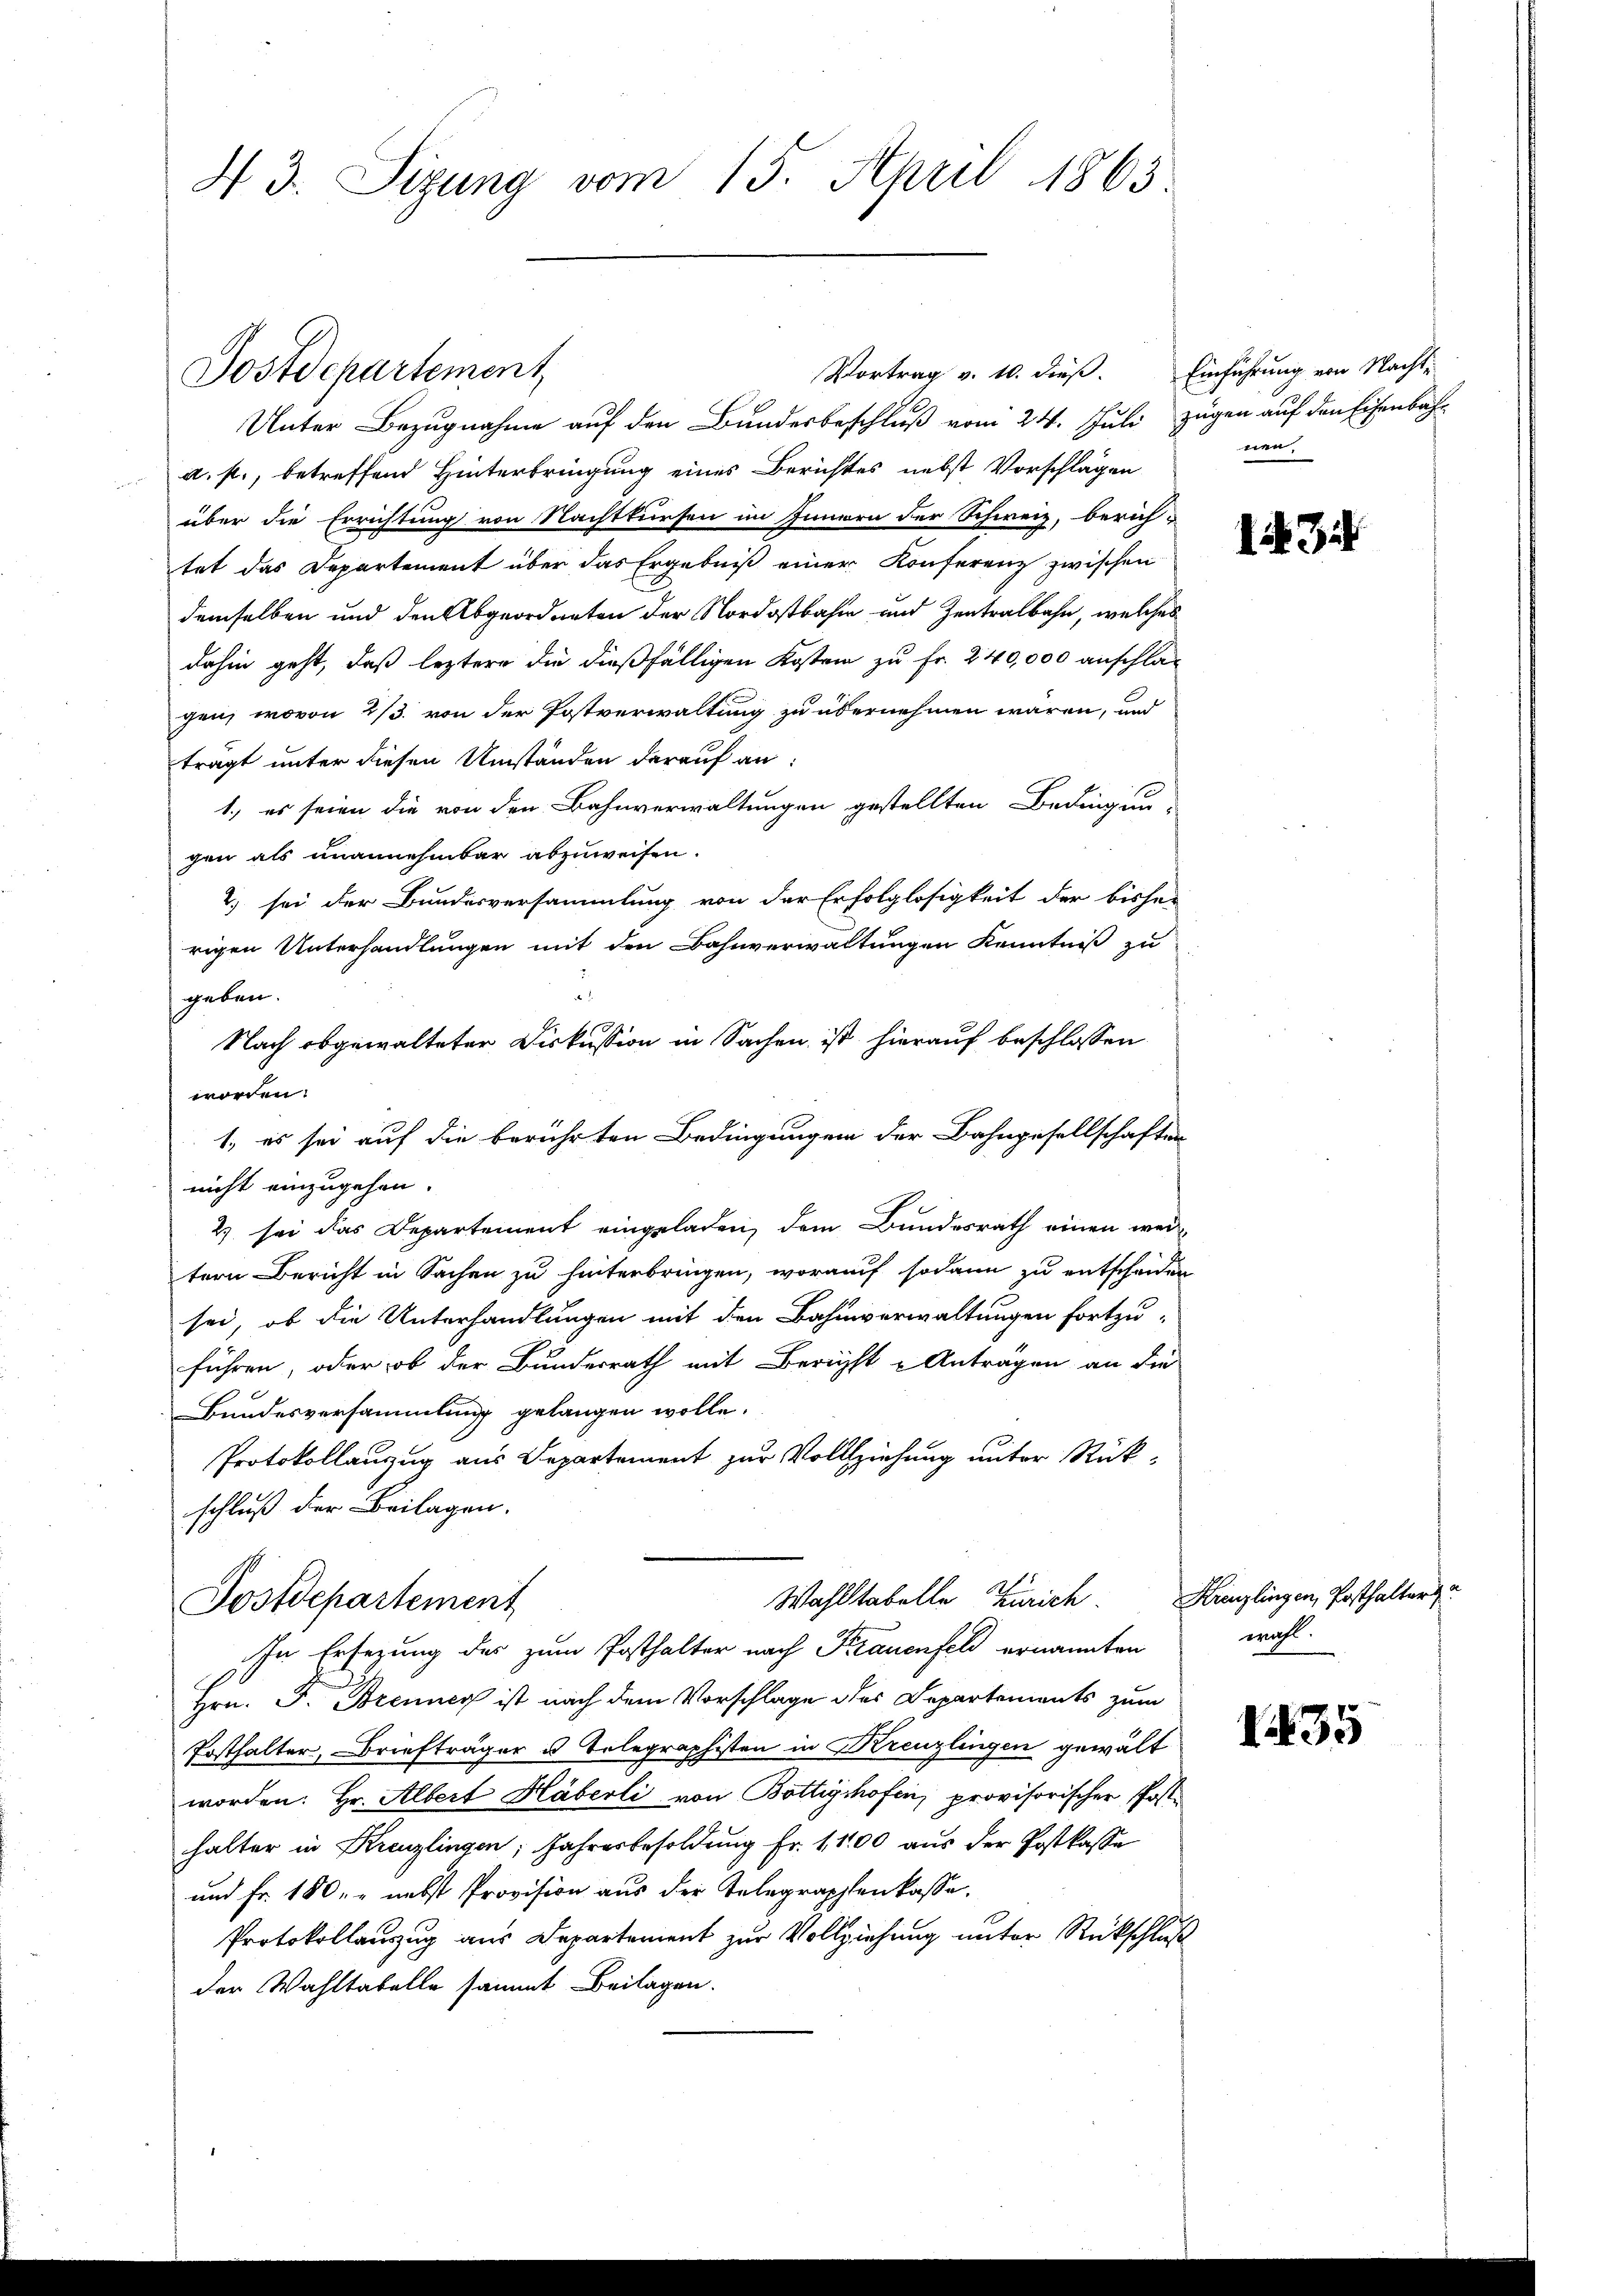
N. 3. Sizung vom 15. April 1865.

Unter Bezugnahme auf den Bundesbeschluß vom 24. Juli zugen auf den Eisenbaha. f., betreffend Hinterbringung eines Berichtes nebst Vorschlägen
über die Errichtung von Nachtkursen im Innern der Schweiz, berich-
tet das Departement über das Ergebniß einer Konferenz zwischen
demselben und den Abgeordneten der Nordostbahn und Zentralbahn, welches
dahin geht, daß leztere die dießfälligen Kosten zu fr. 240,000 anschla-
gen, wovon 2/3. von der Postverwaltung zu übernehmen wären, und
tragt unter diesen Umständen darauf an:
1.) es seien die von den Bahnverwaltungen gestellten Bedingun-
gen als unannehmbar abzuweisen.
2.) sei der Bundesversammlung von der Erfolglosigkeit der bisher
rigen Unterhandlungen mit den Bahnverwaltungen Kenntniß zu
.
geben.
Nach abgewalteter Diskussion in Sachen ist hierauf beschlossen
worden.
1, es sei auf die berührten Bedingungen der Bahngesellschaften
nicht einzugehen.
2) sei das Departement eingeladen, dem Bundesrath einen weitern Bericht in Sachen zu hinterbringen, worauf sodann zu entscheiden
sei, ob die Unterhandlungen mit den Bahnverwaltungen fortzuführen, oder ob der Bundesrath mit Bericht u Anträgen an die
Bundesversammlung gelangen wolle.
Protokollanzug aus Departement zur Vollziehung unter Rückschluß der Beilagen.
Wahlstabelle Zürich.
Postdepartement
In Ersezung des zum Posthalter nach Krauenfeld ernannten
Hrn. J. Brenner ist nach dem Vorschlage des Departements zum
Posthalter, Briefträger u. Telegraphisten in Kreuzlingen gewält
worden: Hr. Albert Häberli von Bottighofen, provisorischer Posthalter in Kreuzlingen; Jahresbesoldung Fr. 1100 aus der Postkasse
und Fr. 180, nebst Provision aus der Telegraphenkasse.
Protokollauszug aus Departement zur Vollziehung unter Rückschluß
der Wahltabelle sammt Beilagen.

Postdepartement

Vortrag v. 10. dieß. Einführung von Nacht-

nen,

13

Kreuzlingen, Posthalters
wohl.

435